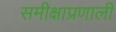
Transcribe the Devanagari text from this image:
समीक्षाप्रणाली